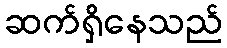
ဆက်ရှိနေသည်